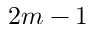
2 m - 1